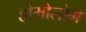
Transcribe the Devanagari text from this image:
होमोलोग